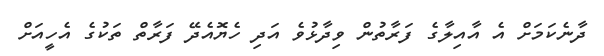
ދާނެކަމަށް އެ އާއިލާގެ ފަރާތުން ވިދާޅުވެ އަދި ހެޔޮއެދޭ ފަރާތް ތަކުގެ އެހީއަށް